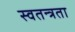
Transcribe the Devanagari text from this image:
स्‍वतन्त्रता